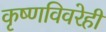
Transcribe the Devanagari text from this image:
कृष्णविवरेही